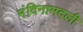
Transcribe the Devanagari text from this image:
मंदिनामदली